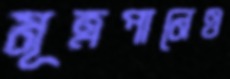
মূত্রপানেও